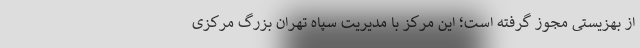
از بهزیستی مجوز گرفته است؛ این مرکز با مدیریت سپاه تهران بزرگ مرکزی